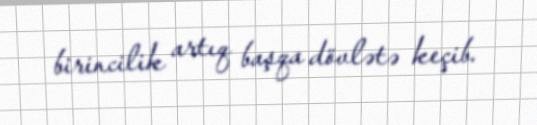
birincilik artıq başqa dövlətə keçib.